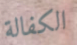
الكفالة